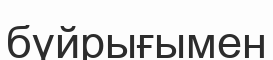
бүйрығымен